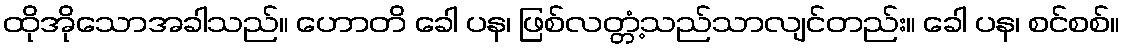
ထိုအိုသောအခါသည်။ ဟောတိ ခေါ ပန၊ ဖြစ်လတ္တံ့သည်သာလျင်တည်း။ ခေါ ပန၊ စင်စစ်။